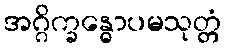
အဂ္ဂိက္ခန္ဓောပမသုတ္တံ